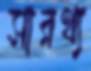
সারথ্য